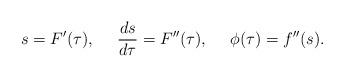
LaTeX: \begin{align*}s=F'(\tau),\ \ \ \ \frac{ds}{d\tau}=F''(\tau),\ \ \ \ \phi(\tau)=f''(s).\end{align*}